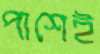
পাশেই